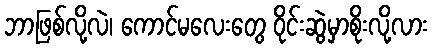
ဘာဖြစ်လို့လဲ၊ ကောင်မလေးတွေ ဝိုင်းဆွဲမှာစိုးလို့လား